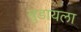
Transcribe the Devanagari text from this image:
बुडायला